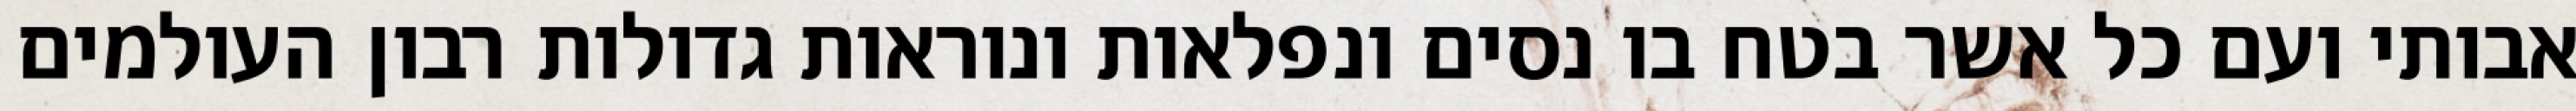
אבותי ועם כל אשר בטח בו נסים ונפלאות ונוראות גדולות רבון העולמים